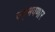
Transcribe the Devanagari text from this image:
उद्‌भवणार